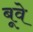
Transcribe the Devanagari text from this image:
बूवे